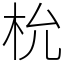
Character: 㭇